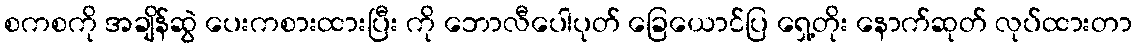
စကစကို အချိန်ဆွဲ ပေးကစားထားပြီး ကို ဘောလီပေါပုတ် ခြေယောင်ပြ ရှေ့တိုး နောက်ဆုတ် လုပ်ထားတာ